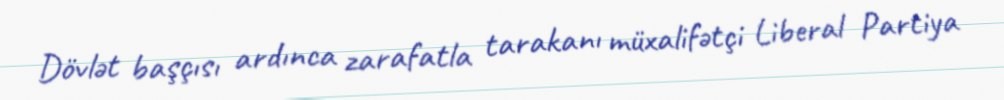
Dövlət başçısı ardınca zarafatla tarakanı müxalifətçi Liberal Partiya